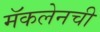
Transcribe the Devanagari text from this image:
मॅकलेनची